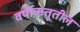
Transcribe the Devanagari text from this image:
वर्षाऋतूतील